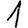
Digit: 1